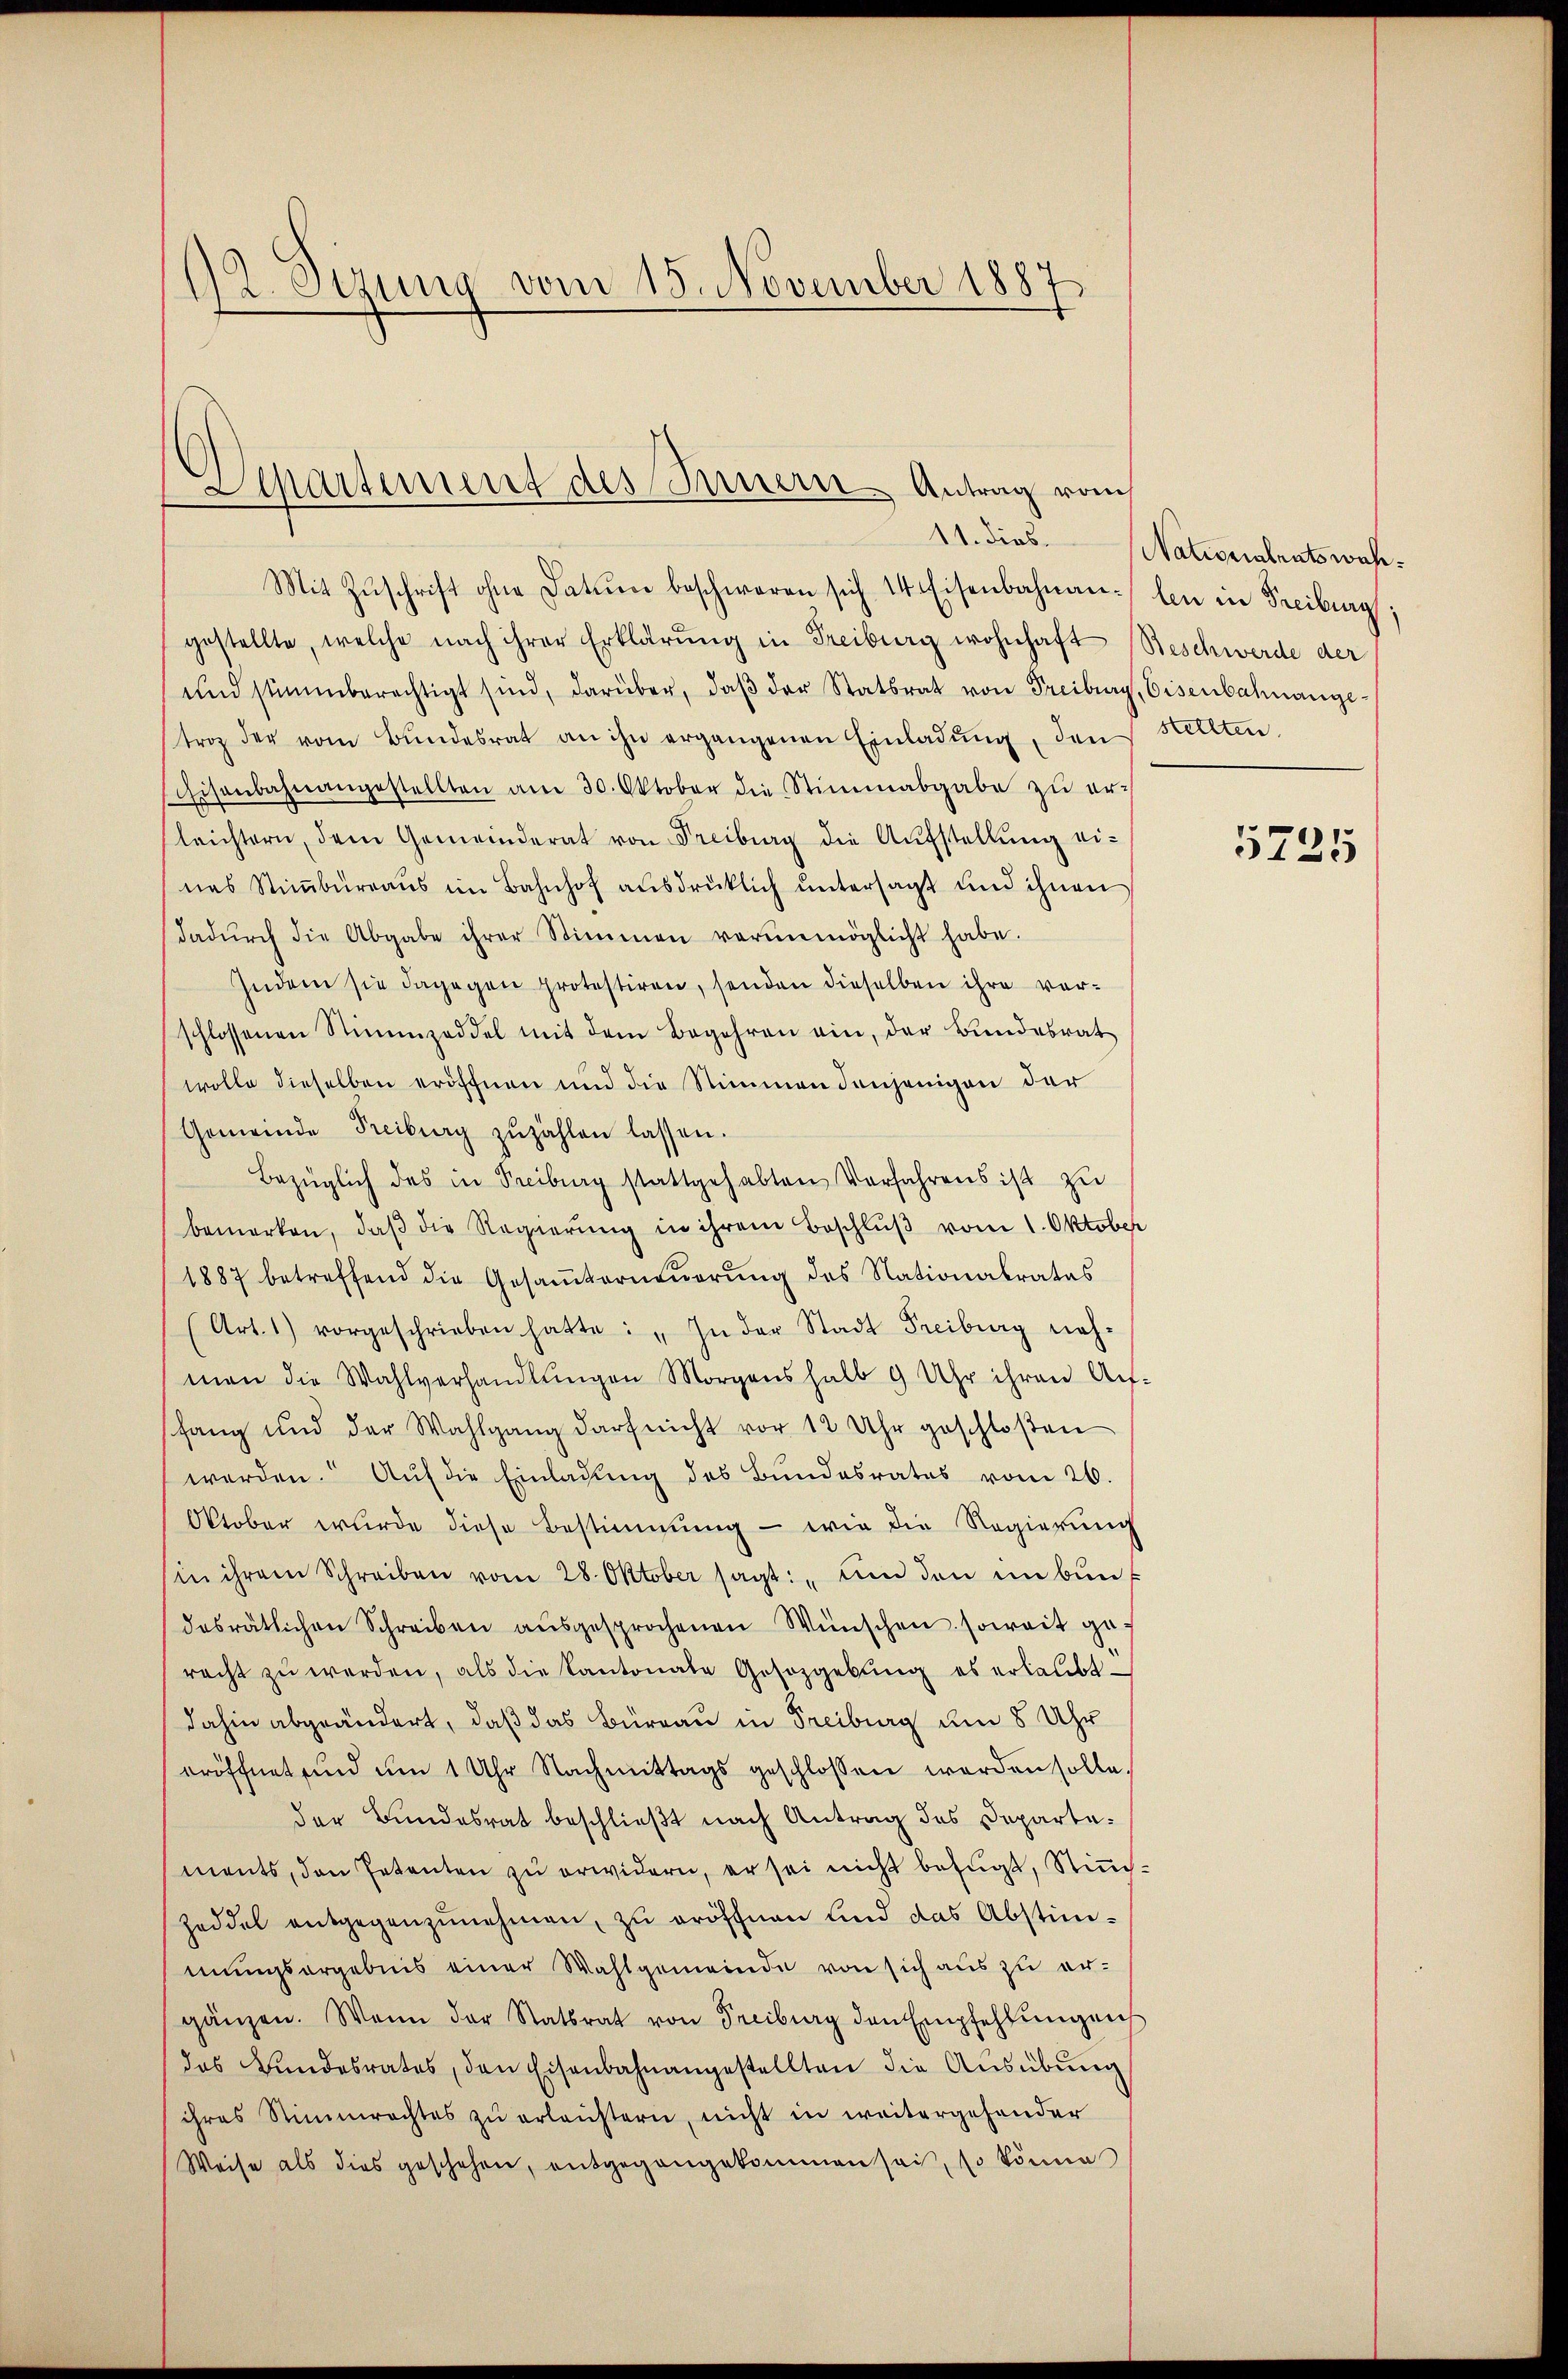
12. Sezung vom 15. November 1887

Separtement des Innern Antrag vom
11. dies

Mit Zŭschrift ohne Datum beschwaren sich 14 Eisenbahnan- len in Freiburg,
gestellte, welche nach ihrer Erklärŭng in Freiburg wohnhaft Beschwerde der
und stimmberechtigt sind, darüber, daβ der Statsrat von Freiburg, Eisenbahnangetroz der vom Bŭndesrat an ihn ergangenen Einladŭng, den stellten.
Eisenbahnangestellten am 30. Oktober die Stimmabgabe zŭ er-
leichtern, dem Gemeinderat von Freiburg die Aŭfstellŭng ei-
nas Stiṁbüreaŭs im Bahnhof ausdrücklich ŭntersagt und ihnen
dadŭrch die Abgabe ihrer Stimmen verunmöglicht habe.
Indem sie dagegen protestiren, senden dieselben ihre vorschlossenen Stimmzeddel mit dem Begehren ein, der Bŭndesrat
wolle dieselben eröffnen und die Stimmen denjenigen der
Gemeinde Freiburg zŭzählen lassen.
Bezüglich des in Freiburg stattgehabten Verfahrens ist zu
bemerken, daβ die Regierung in ihrem Beschlŭβ vom 1. Oktober
1887 betreffend die Gesaṁterneŭerŭng des Nationalrates
(Art. 1) vorgeschrieben hatte: „In der Stadt Freiburg neh-
men die Wahlverhandlŭngen Morgens halb 9 Uhr ihren Auf-
shang und der Wahlgang darf nicht vor 12 Uhr geschloßen
werden. Auf die Einladung des Bundesrates vom 26.
Oktober wurde diese Bestimmung - wie die Regierŭng
sin ihrem Schreiben vom 28. Oktober sagt: „und den in bunt
desrätlichen Schreiben aŭsgesprochenen Wünschen soweit geracht zŭ werden, als die Kantonale Gesetzgebung es erlaŭbt
dahin abgeändert, daß das Büreau in Freiburg um 8 Uhr
eröffnet und um 1 Uhr Nachmittags geschlossen werden solle.
der Bundesrat beschließt nach Antrag des Departements, den Petenten zu erwidern, er sei nicht befugt, Stimm¬
Zeddel entgegenzŭnehmen, zu eröffnen und das Abstim-
mungsergebnis einer Wahlgemeinde von sich aus zu er-
gänzen. Wenn der Statsrat von Freiburg den Empfehlŭngen
das Bundesrates, den Eisenbahnangestellten die Aŭsübŭng
ihres Stimmrechtes zŭ erleistern, nicht in weitergehender
Weise als dies geschehen, entgegangekommen sei, so könne

Nationalratswahr.

5725